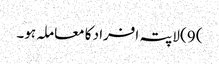
) 9) لاپتہ افراد کا معاملہ ہو۔